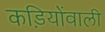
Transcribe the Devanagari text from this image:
कड़ियोंवाली